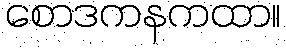
စောဒကနကထာ။